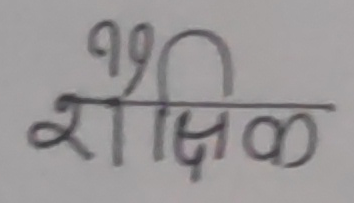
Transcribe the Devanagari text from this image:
शैक्षिक